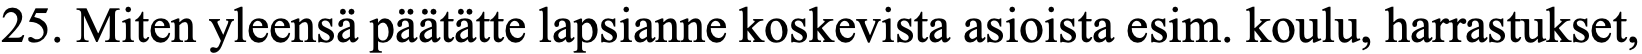
25. Miten yleensä päätätte lapsianne koskevista asioista esim. koulu, harrastukset,